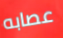
عصابه